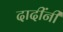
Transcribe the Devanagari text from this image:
दादींनी